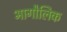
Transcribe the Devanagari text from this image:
भागौलिक